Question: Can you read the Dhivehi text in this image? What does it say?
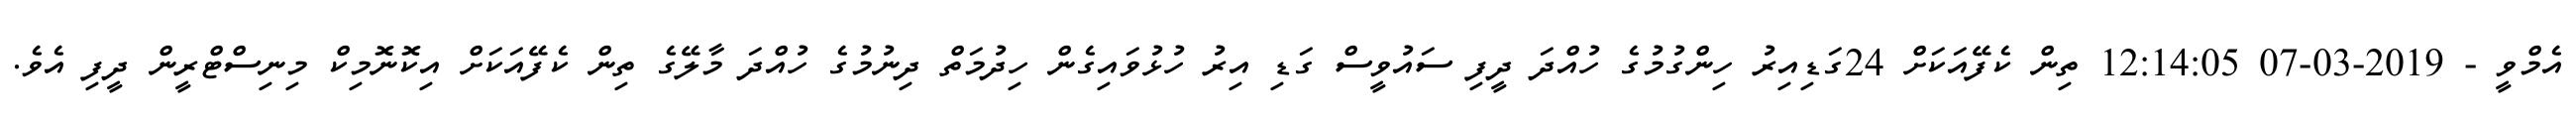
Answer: އެމްވީ - 2019-03-07 12:14:05 ތިން ކެފޭއަކަށް 24ގަޑިއިރު ހިންގުމުގެ ހުއްދަ ދީފި ސައުވީސް ގަޑި އިރު ހުޅުވައިގެން ހިދުމަތް ދިނުމުގެ ހުއްދަ މާލޭގެ ތިން ކެފޭއަކަށް އިކޮނޮމިކް މިނިސްޓްރީން ދީފި އެވެ.